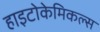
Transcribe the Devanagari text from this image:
हाइटोकेमिकल्स